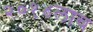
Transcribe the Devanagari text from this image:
२०१४लाच